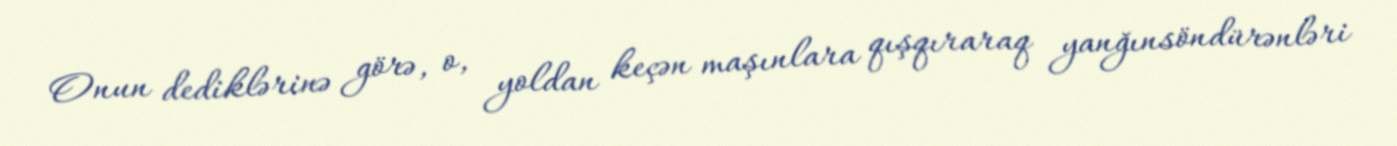
Onun dediklərinə görə, o, yoldan keçən maşınlara qışqıraraq yanğınsöndürənləri